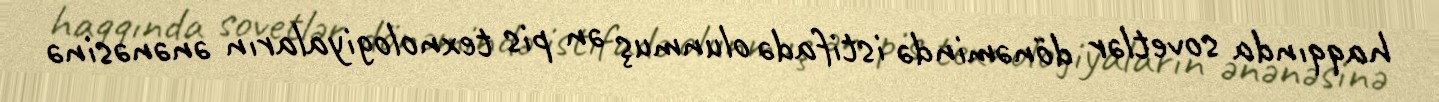
haqqında sovetlər dönəmində istifadə olunmuş ən pis texnologiyaların ənənəsinə